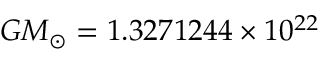
G M _ { \odot } = 1 . 3 2 7 1 2 4 4 \times 1 0 ^ { 2 2 }